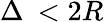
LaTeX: \Delta\: <2R